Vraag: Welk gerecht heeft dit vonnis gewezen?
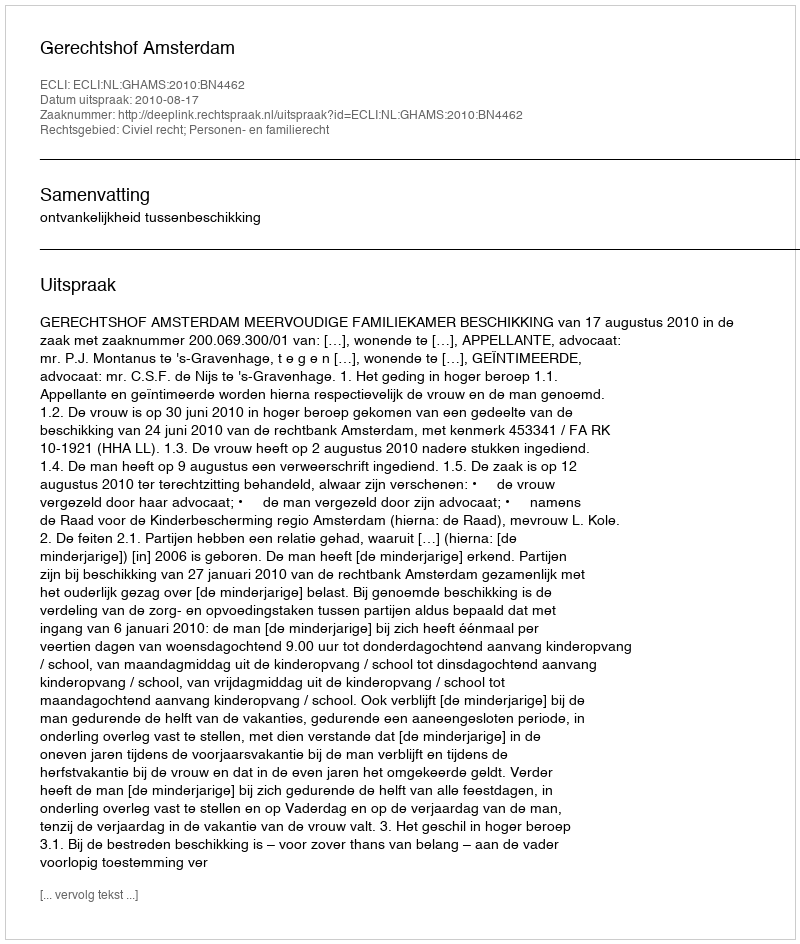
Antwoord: Gerechtshof Amsterdam